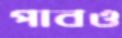
পাবও